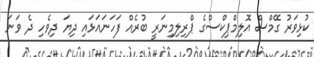
ކުޅިވަރު ގޭމްސް އޮލިމްޕިކްސްގެ ޕްރިލިމިނަރީ ބުރެއް ފަހަނައަޅައި ދިޔަ ދިވެހި ދެ ވަނަ